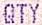
QTY